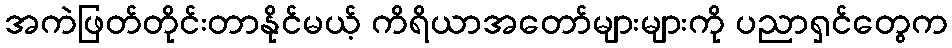
အကဲဖြတ်တိုင်းတာနိုင်မယ့် ကိရိယာအတော်များများကို ပညာရှင်တွေက